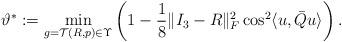
LaTeX: \begin{align*}\vartheta^* := \min_{g=\mathcal{T}(R,p)\in\Upsilon} \left (1-\frac{1}{8}\|I_3-R\|_F^2 \cos^2\langle u,\bar{Q}u\rangle\right) .\end{align*}